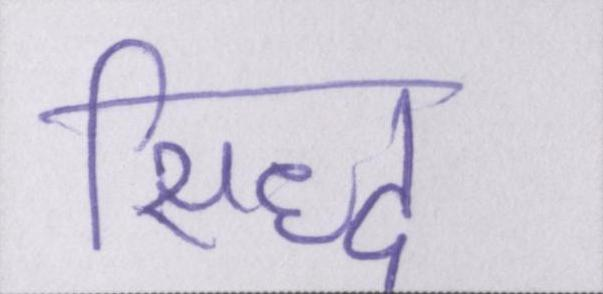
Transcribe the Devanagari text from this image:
सिद्ध